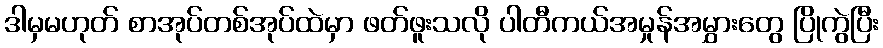
ဒါမှမဟုတ် စာအုပ်တစ်အုပ်ထဲမှာ ဖတ်ဖူးသလို ပါတီကယ်အမှုန်အမွှားတွေ ပြိုကွဲပြီး